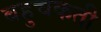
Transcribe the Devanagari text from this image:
बहुचकती